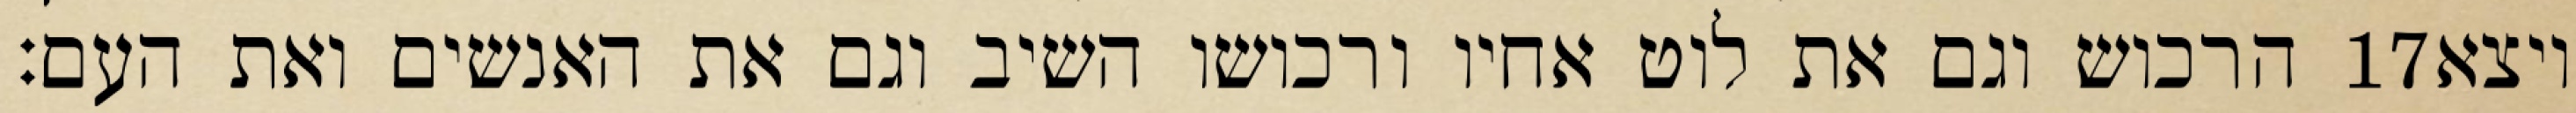
הרכוש וגם את לוט אחיו ורכושו השיב וגם את האנשים ואת העם׃ ‎17‏ ויצא